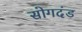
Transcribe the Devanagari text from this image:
सोगदंड